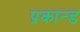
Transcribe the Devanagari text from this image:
प्रकान्ड